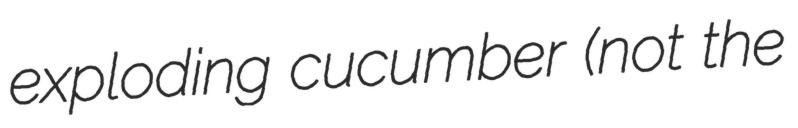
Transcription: exploding cucumber (not the